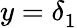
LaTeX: {y=\delta}_{1}